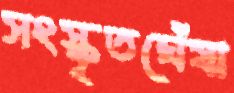
সংস্কৃতঘেঁষা